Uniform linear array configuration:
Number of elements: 64
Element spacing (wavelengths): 1
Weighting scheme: binomial
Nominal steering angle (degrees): -45
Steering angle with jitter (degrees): -45.377
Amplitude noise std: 0.05
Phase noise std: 0.05

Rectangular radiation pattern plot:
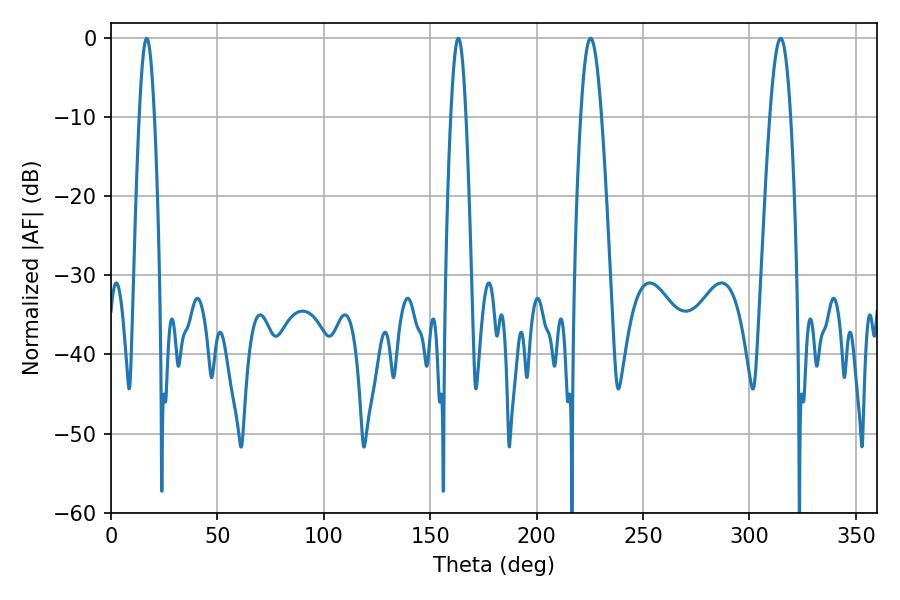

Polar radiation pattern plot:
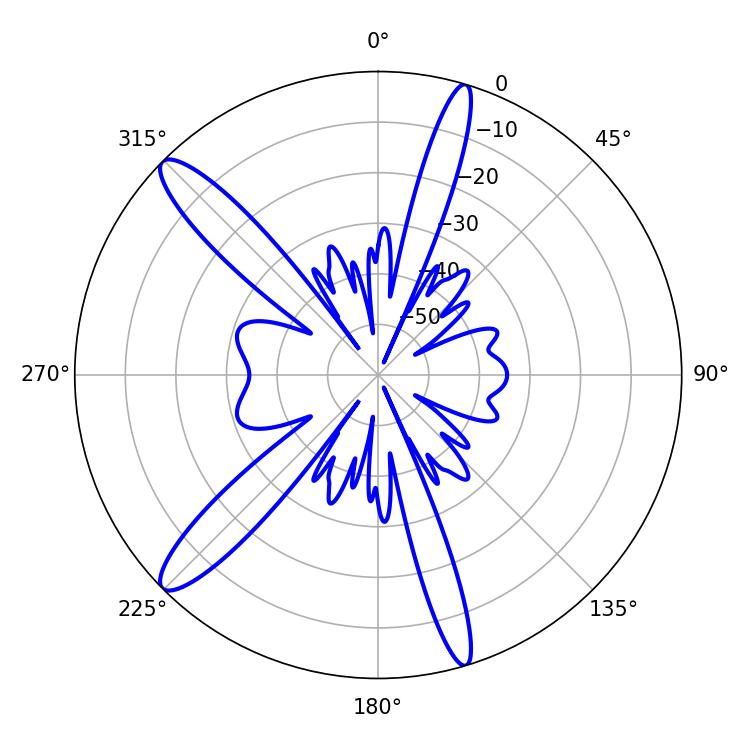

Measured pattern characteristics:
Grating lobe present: TRUE
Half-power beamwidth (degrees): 5.22
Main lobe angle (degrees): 225.36